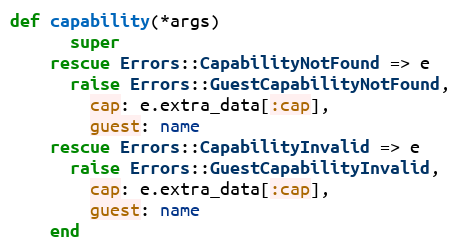
Language: Ruby
def capability(*args)
      super
    rescue Errors::CapabilityNotFound => e
      raise Errors::GuestCapabilityNotFound,
        cap: e.extra_data[:cap],
        guest: name
    rescue Errors::CapabilityInvalid => e
      raise Errors::GuestCapabilityInvalid,
        cap: e.extra_data[:cap],
        guest: name
    end